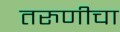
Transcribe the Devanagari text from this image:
तरुणीचा